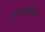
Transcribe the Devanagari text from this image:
कातळभिंती